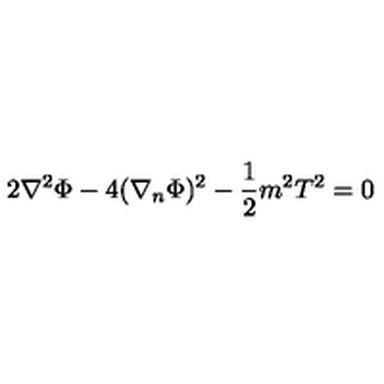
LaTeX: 2 \nabla ^ { 2 } \Phi - 4 ( \nabla _ { n } \Phi ) ^ { 2 } - \frac { 1 } { 2 } m ^ { 2 } T ^ { 2 } = 0